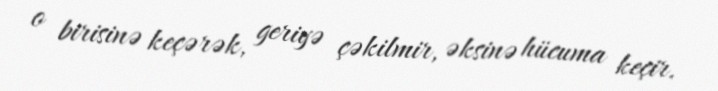
o birisinə keçərək, geriyə çəkilmir, əksinə hücuma keçir.